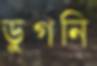
ডুগনি